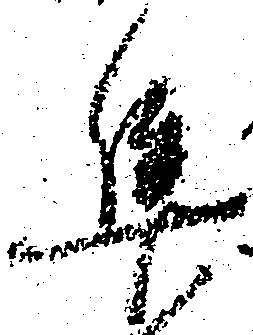
隼